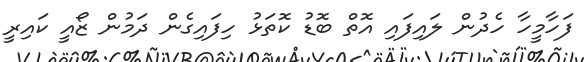
ފަހާމީހާ ހެދުން ލައިފައި އޮތް ބޮޑު ކޮތަޅު ހިފައިގެން ދަމުން ޒޯއީ ކައިރީ